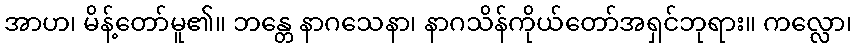
အာဟ၊ မိန့်တော်မူ၏။ ဘန္တေ နာဂသေနာ၊ နာဂသိန်ကိုယ်တော်အရှင်ဘုရား။ ကလ္လော၊